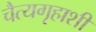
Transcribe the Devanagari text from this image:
चैत्यगृहाशी